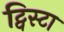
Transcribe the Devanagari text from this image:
ट्विस्टा